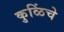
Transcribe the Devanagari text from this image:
कुळिंचे